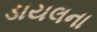
ડાયલના